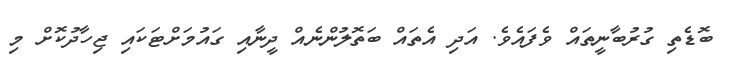
ބޮޑެތި ގުރުބާނީތައް ވެފައެވެ. އަދި އެތައް ބަތޮލުންނެއް ދީނާއި ގައުމަށްޓަކައި ޖިހާދުކޮށް މި